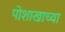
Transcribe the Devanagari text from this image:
पोशाखाच्या